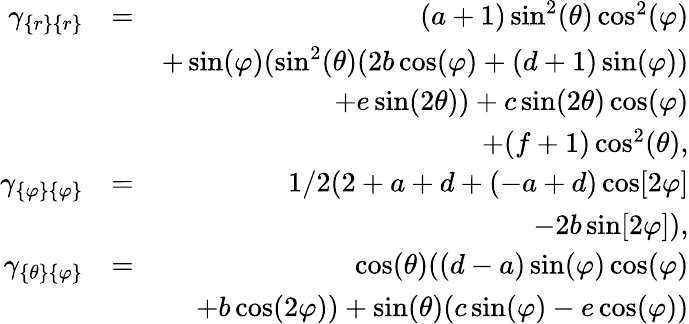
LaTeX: \begin{array}{rlr}{\gamma_{\{ r\} \{ r\} }}&{=}&{(a+1)\sin^{2}(\theta)\cos^{2}(\varphi)}\\ &{}&{+\sin(\varphi)(\sin^{2}(\theta)(2b\cos(\varphi)+(d+1)\sin(\varphi))}\\ &{}&{+e\sin(2\theta))+c\sin(2\theta)\cos(\varphi)}\\ &{}&{+(f+1)\cos^{2}(\theta),}\\ {\gamma_{\{ \varphi\} \{ \varphi\} }}&{=}&{1/2(2+a+d+(-a+d)\cos[2\varphi]}\\ &{}&{-2b\sin[2\varphi]),}\\ {\gamma_{\{ \theta\} \{ \varphi\} }}&{=}&{\cos(\theta)((d-a)\sin(\varphi)\cos(\varphi)}\\ &{}&{+b\cos(2\varphi))+\sin(\theta)(c\sin(\varphi)-e\cos(\varphi))}\end{array}